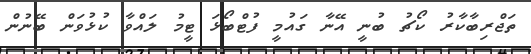
ތަޖްރިބާކާރު ކޯޗު ބުނީ އޭނާ ގައުމީ ފުޓްބޯޅަ ޓީމު ލައްވާ ކުޅުވަން ބޭނުން